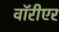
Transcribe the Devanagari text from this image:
वॉरीएर